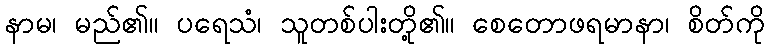
နာမ၊ မည်၏။ ပရေသံ၊ သူတစ်ပါးတို့၏။ စေတောဖရမာနာ၊ စိတ်ကို